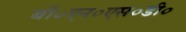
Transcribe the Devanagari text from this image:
बी०एन०एस०डी०